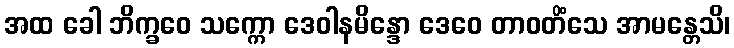
အထ ခေါ ဘိက္ခဝေ သက္ကော ဒေဝါနမိန္ဒော ဒေဝေ တာဝတိံသေ အာမန္တေသိ၊